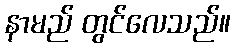
နာမည် တွင်လေသည်။